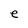
Character: e